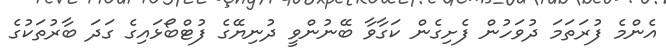
އެންމެ ފުރަތަމަ ދުވަހުން ފެށިގެން ކަގާވާ ބޭނުންވީ ދުނިޔޭގެ ފުޓްބޯޅައިގެ ގަދަ ބާރުތަކުގެ